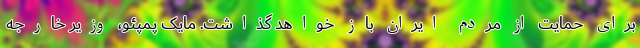
برای حمایت از مردم ایران باز خواهد گذاشت. مایک پمپئو، وزیر خارجه